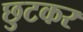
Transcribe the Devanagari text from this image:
छुटकर